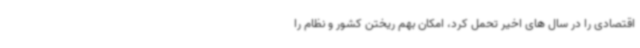
اقتصادی را در سال های اخیر تحمل کرد، امکان بهم ریختن کشور و نظام را